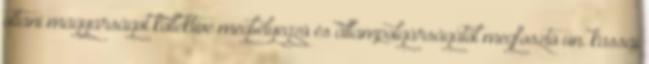
ottani magyarságot kollektíve megbélyegzõ és állampolgárságától megfosztó ún. kassai